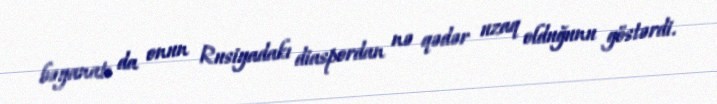
bəyanatı da onun Rusiyadakı diaspordan nə qədər uzaq olduğunu göstərdi.